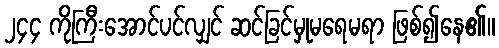
၂၄၄ ကိုကြီးအောင်ပင်လျှင် ဆင်ခြင်မှုမရေမရာ ဖြစ်၍နေ၏။